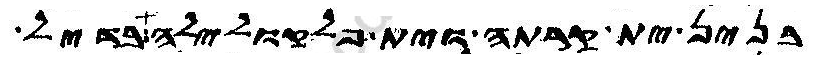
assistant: בנין ית קרתה וית פלקולילה בדיל